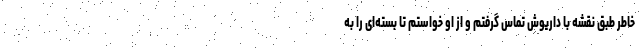
خاطر طبق نقشه با داریوش تماس گرفتم و از او خواستم تا بسته‌ای را به